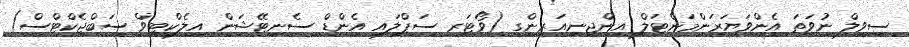
ސިވިލް ނުވަތަ އެންވަޔަރަންމަންޓަލް އިންޖިނިއަރިންގ (ވޯޓަރ ސަޕްލައި އެންޑް ސެނިޓޭޝަން އިލެކްޓިވް ސަބްޖެކްޓްސް)